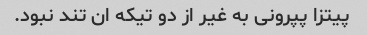
پیتزا پپرونی به غیر از دو تیکه ان تند نبود.